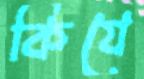
কিযে